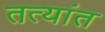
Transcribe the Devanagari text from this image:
तत्यांत